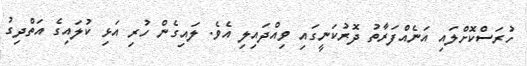
ހުރަސްކޮށްލައި އަނެއްފަރާތު ދޮރުކަނީގައި ވިއްދައިލި އެވެ. ލައިގެން ހުރި އަޅި ކުލައިގެ އަތްދިގު